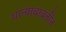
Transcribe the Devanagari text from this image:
धान्याबाबतीत